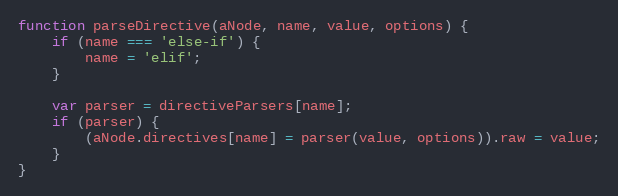
Language: JavaScript
function parseDirective(aNode, name, value, options) {
    if (name === 'else-if') {
        name = 'elif';
    }

    var parser = directiveParsers[name];
    if (parser) {
        (aNode.directives[name] = parser(value, options)).raw = value;
    }
}